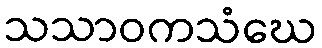
သသာဝကသံဃေ